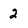
Character: 2